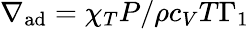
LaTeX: \nabla_{\mathrm{ad}}=\chi_{T}P/\rho c_{V}T\Gamma_{1}